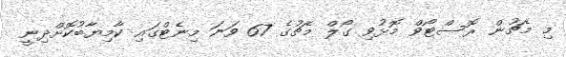
މި މެޗުން ރޮސްޓޯވް މޮޅުވި ގޯލް މެޗުގެ 67 ވަނަ މިނެޓްގައި ކާމިޔާބުކޮށްދިނީ